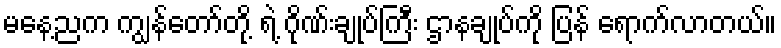
မနေ့ညက ကျွန်တော်တို့ ရဲ့ ဂိုဏ်းချုပ်ကြီး ဌာနချုပ်ကို ပြန် ရောက်လာတယ်။